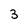
Character: 3